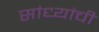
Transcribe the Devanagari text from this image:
सांध्यांची